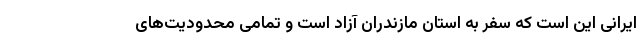
ایرانی این است که سفر به استان مازندران آزاد است و تمامی محدودیت‌های